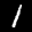
Label: 1